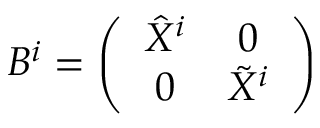
B ^ { i } = \left( \begin{array} { c c } { { \hat { X } ^ { i } } } & { { 0 } } \\ { { 0 } } & { { \tilde { X } ^ { i } } } \end{array} \right)